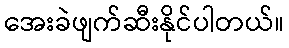
အေးခဲဖျက်ဆီးနိုင်ပါတယ်။